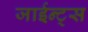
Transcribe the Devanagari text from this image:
जाईन्ट्स